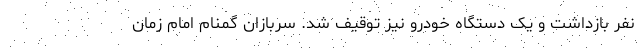
نفر بازداشت و یک دستگاه خودرو نیز توقیف شد. سربازان گمنام امام زمان